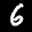
Label: 6